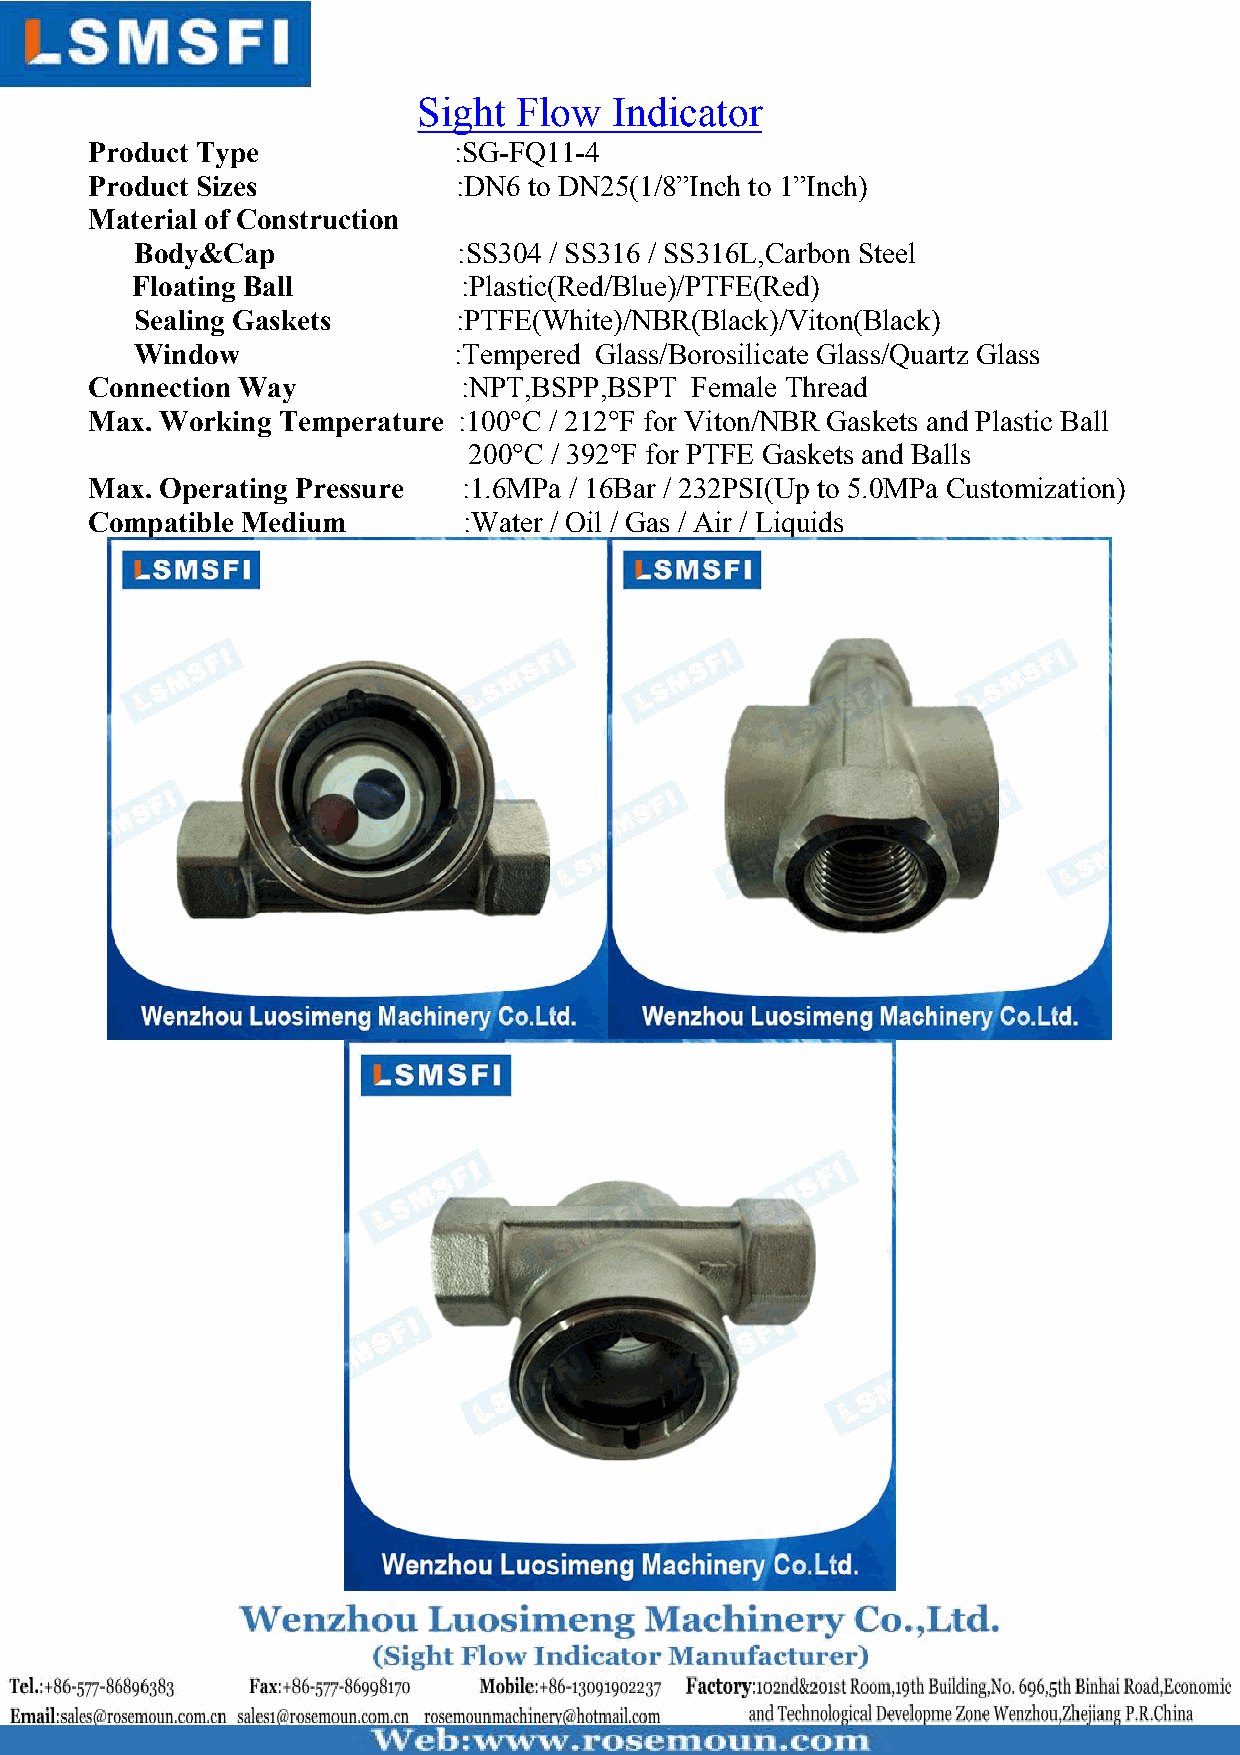
Sight Flow   Indicator
 Product Type            :SG-FQ11-4
 Product Sizes           :DN6 to DN25(1/8”Inch to 1”Inch)
 Material of Construction
 Body&Cap             :SS304 / SS316 / SS316L,Carbon Steel
 Floating Ball         :Plastic(Red/Blue)/PTFE(Red)
 Sealing Gaskets      :PTFE(White)/NBR(Black)/Viton(Black)
 Window               :Tempered Glass/Borosilicate Glass/Quartz Glass
 Connection Way           :NPT,BSPP,BSPT Female Thread
 Max. Working Temperature :100°C / 212°F for Viton/NBR Gaskets and Plastic Ball
 200°C / 392°F for PTFE Gaskets and Balls
 Max. Operating Pressure  :1.6MPa / 16Bar / 232PSI(Up to 5.0MPa Customization)
 Compatible Medium        :Water / Oil / Gas / Air / Liquids